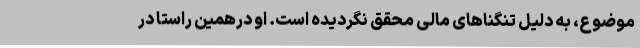
موضوع، به دلیل تنگناهای مالی محقق نگردیده است. او درهمین راستا در